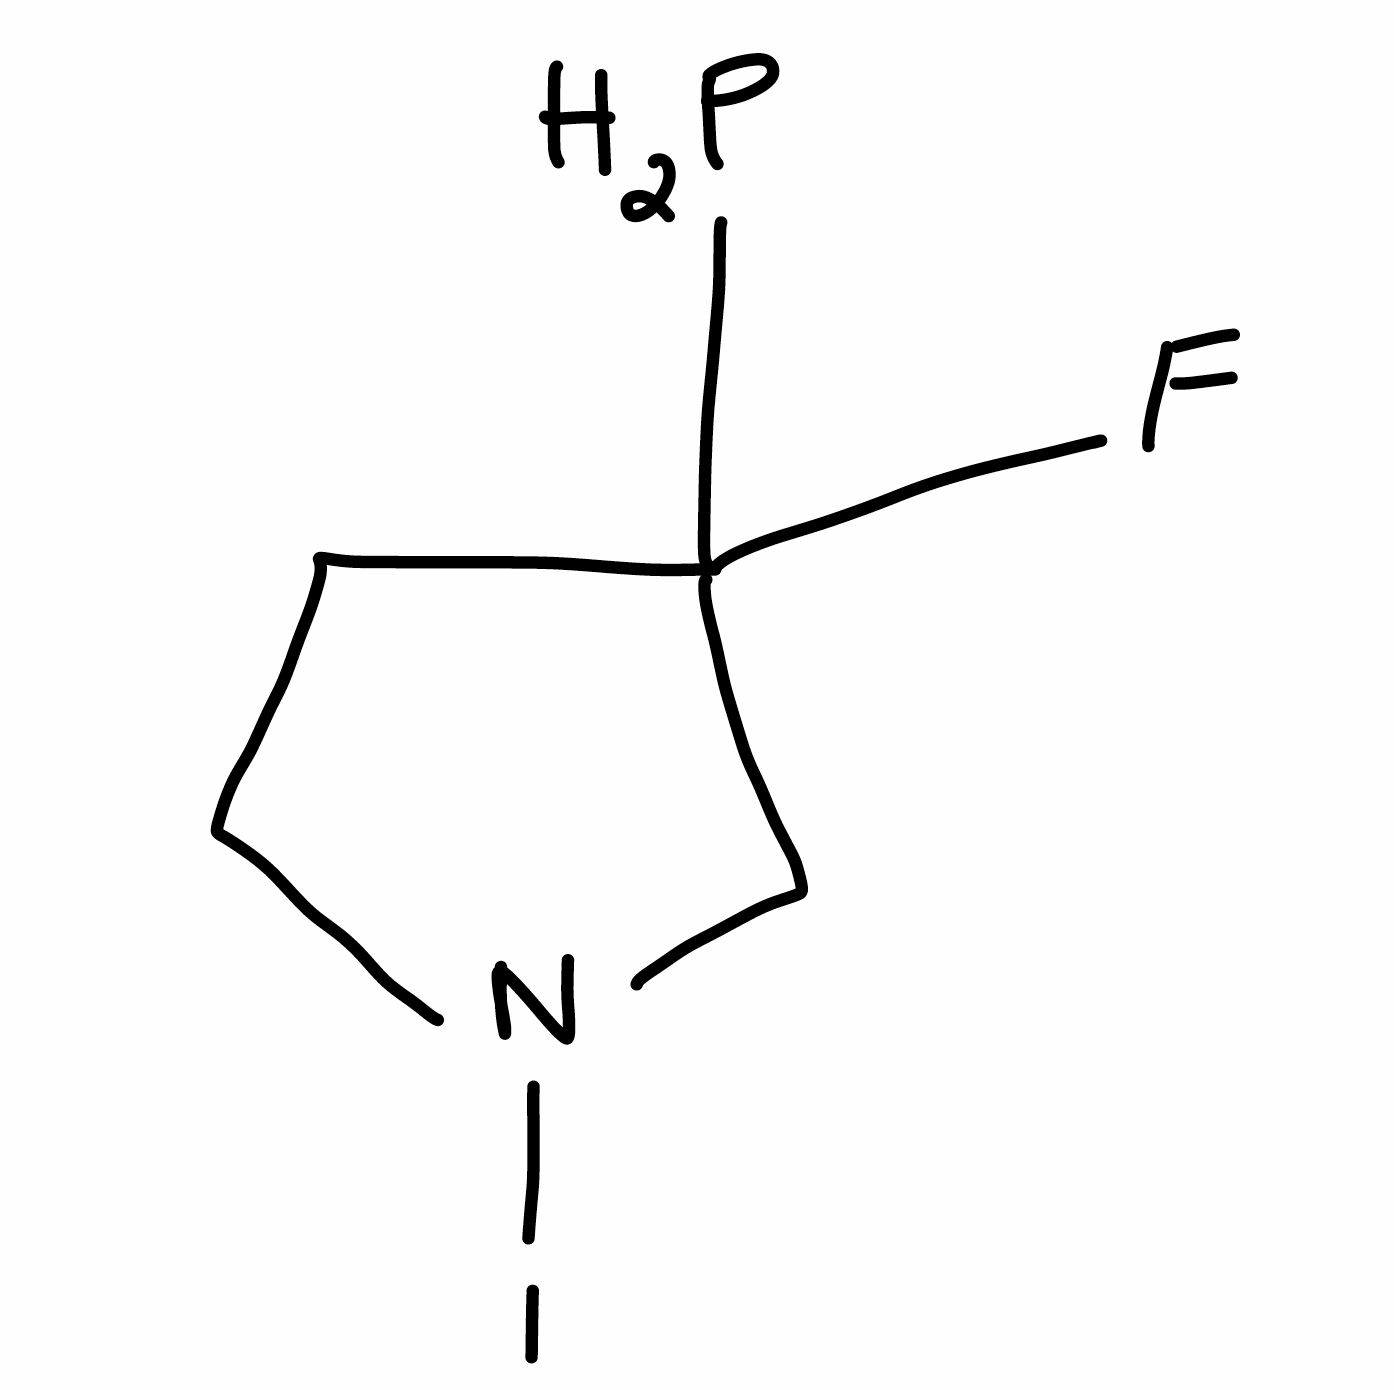
Simplified molecular-input line-entry system (SMILES) notation of the given molecule:
C1CN(CC1(F)P)I